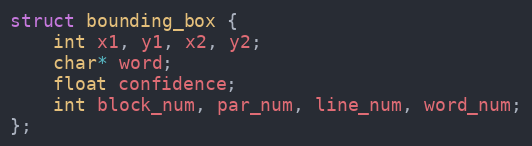
Language: C
struct bounding_box {
    int x1, y1, x2, y2;
    char* word;
    float confidence;
    int block_num, par_num, line_num, word_num;
};